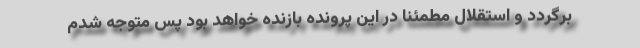
برگردد و استقلال مطمئنا در این پرونده بازنده خواهد بود پس متوجه شدم